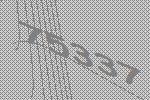
75337